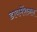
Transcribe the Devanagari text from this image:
डायमेंशनल